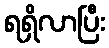
ရရှိလာပြီး